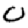
Digit: 0